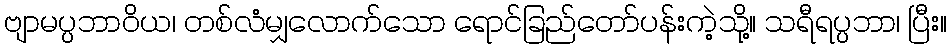
ဗျာမပ္ပဘာဝိယ၊ တစ်လံမျှလောက်သော ရောင်ခြည်တော်ပန်းကဲ့သို့။ သရီရပ္ပဘာ၊ ပြီး။